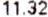
11.32